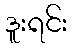
ဒူးရင်း